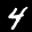
Label: 4